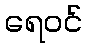
ရေဝင်